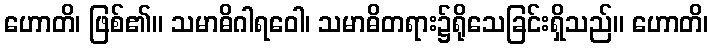
ဟောတိ၊ ဖြစ်၏။ သမာဓိဂါရဝေါ၊ သမာဓိတရား၌ရိုသေခြင်းရှိသည်။ ဟောတိ၊